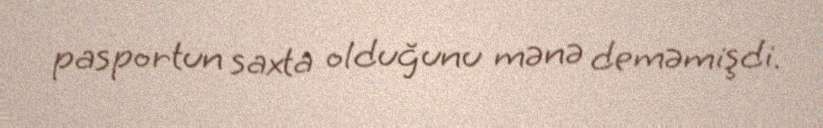
pasportun saxta olduğunu mənə deməmişdi.